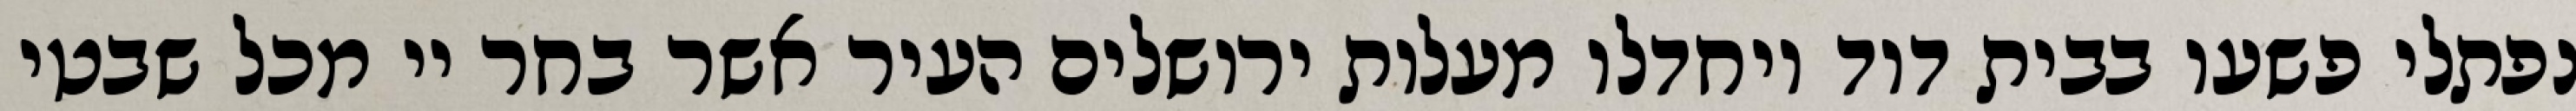
נפתלי פשעו בבית דוד ויחדלו מעלות ירושלים העיר אשר בחר יי מכל שבטי